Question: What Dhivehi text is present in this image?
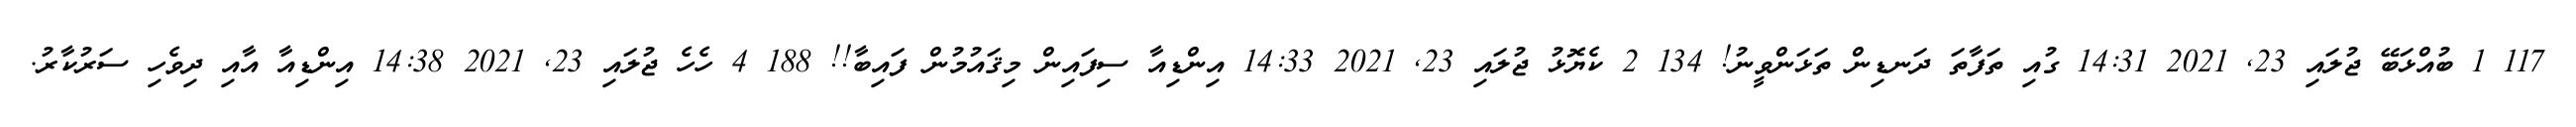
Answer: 117 1 ބުއްޅަބޭ ޖުލައި 23, 2021 14:31 ގުއި ތަފާތަ ދަނޑިން ތަޅަންވީނު! 134 2 ކެޔޮޅު ޖުލައި 23, 2021 14:33 އިންޑިއާ ސިފައިން މިޤައުމުން ފައިބާ!! 188 4 ހެހެ ޖުލައި 23, 2021 14:38 އިންޑިއާ އާއި ދިވެހި ސަރުކާރު.